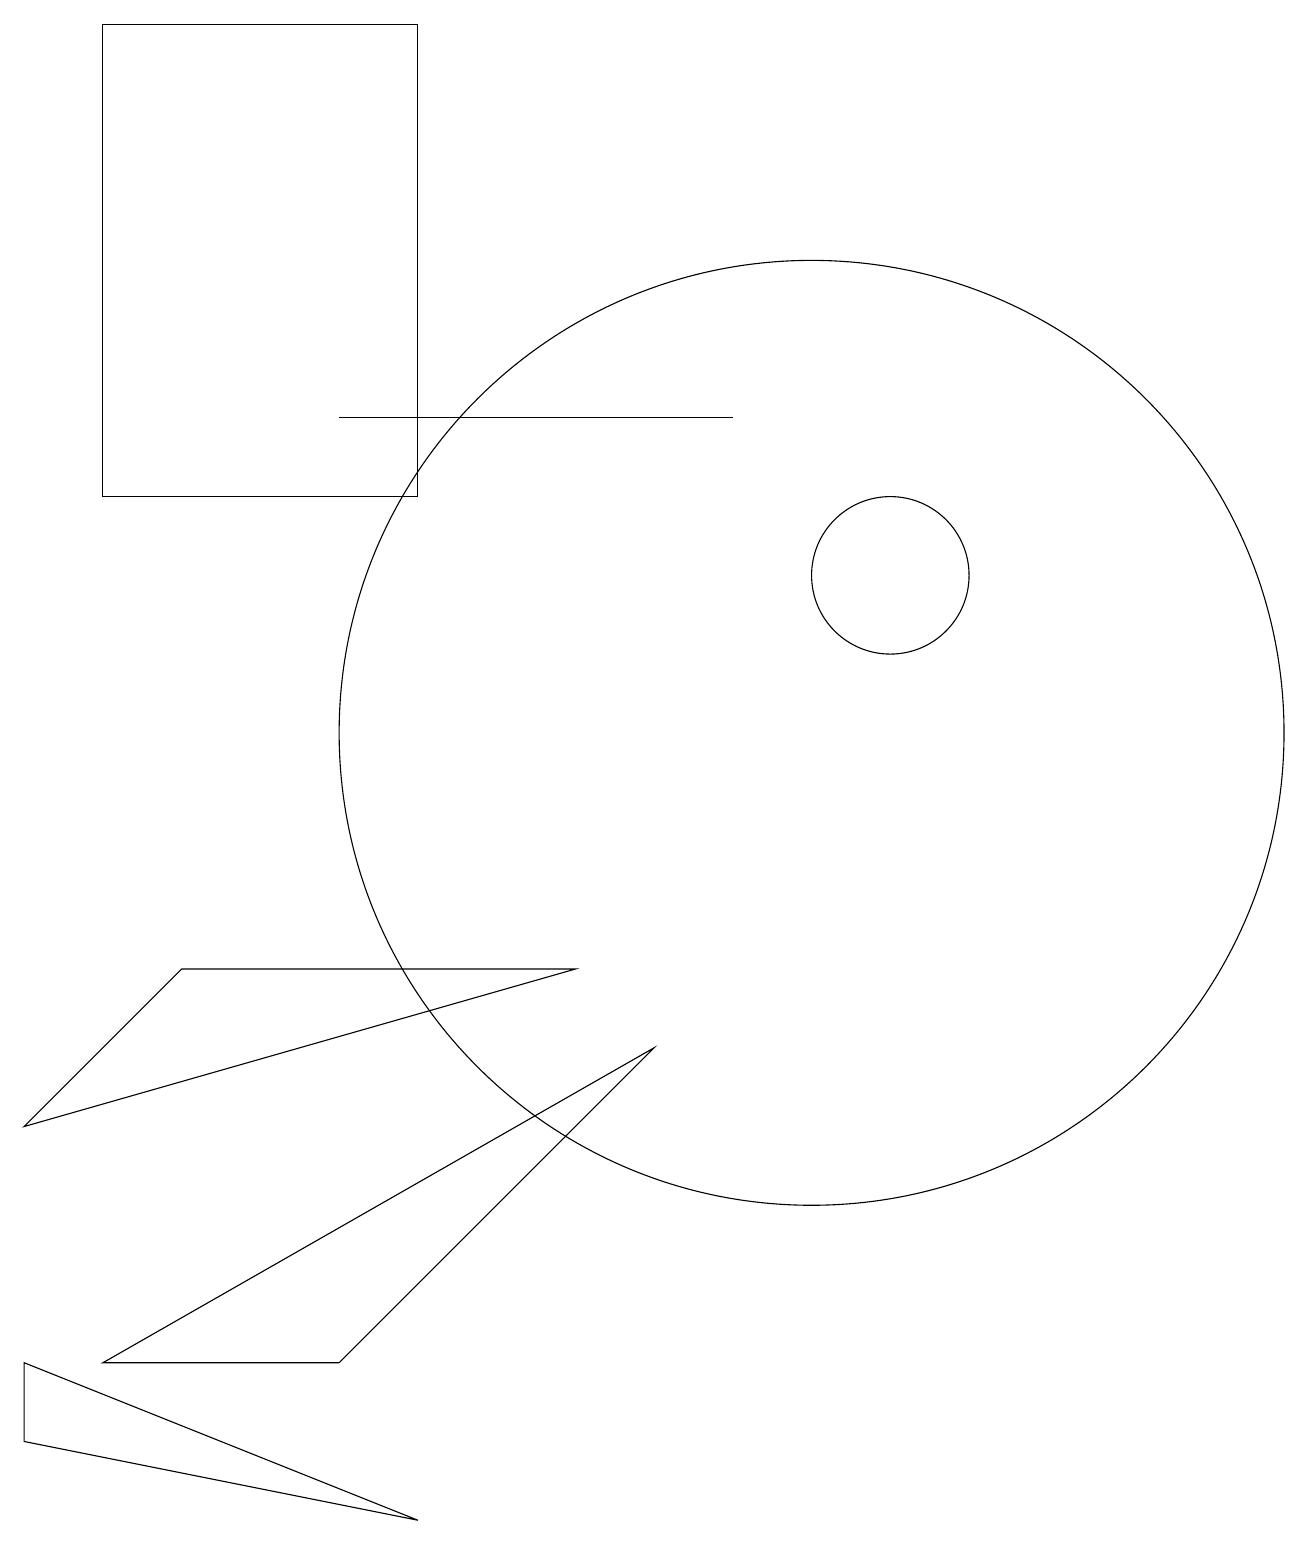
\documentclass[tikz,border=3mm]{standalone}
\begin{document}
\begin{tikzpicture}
\draw (5,0) -- (0,1) -- (0,2) -- cycle;
\draw (11,12) circle (1);
\draw (10,10) circle (6);
\draw (7,7) -- (2,7) -- (0,5) -- cycle;
\draw (4,14) rectangle (9,14);
\draw (8,6) -- (1,2) -- (4,2) -- cycle;
\draw (1,19) rectangle (5,13);
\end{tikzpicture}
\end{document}